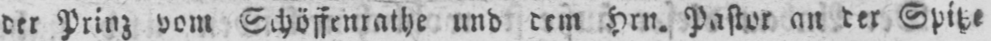
der Prinz vom Schöffenrathe und dem Hrn. Pastor an der Spitze